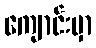
ကျောင်းမှာ